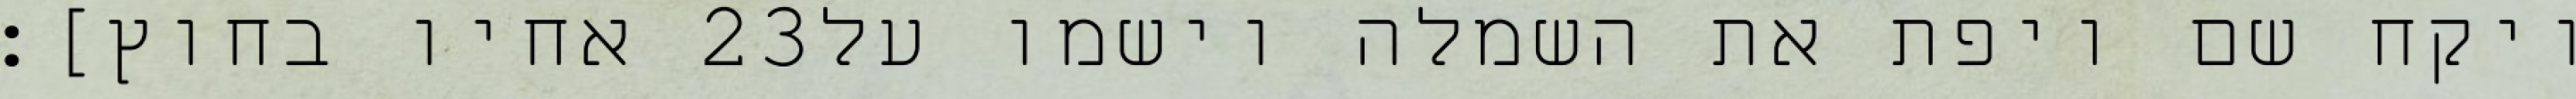
אחיו בחוץ]׃ ‎23‏ ויקח שם ויפת את השמלה וישמו על